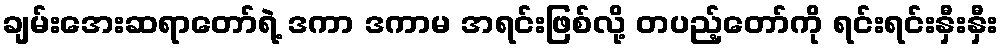
ချမ်းအေးဆရာတော်ရဲ့ ဒကာ ဒကာမ အရင်းဖြစ်လို့ တပည့်တော်ကို ရင်းရင်းနှီးနှီး